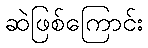
ဆဲဖြစ်ကြောင်း